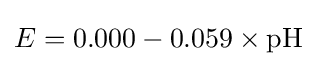
E=0.000-0.059\times \mathrm {pH}